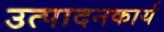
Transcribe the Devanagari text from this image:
उत्पादनकार्य